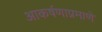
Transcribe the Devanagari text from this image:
आकर्षणाप्रमाणे